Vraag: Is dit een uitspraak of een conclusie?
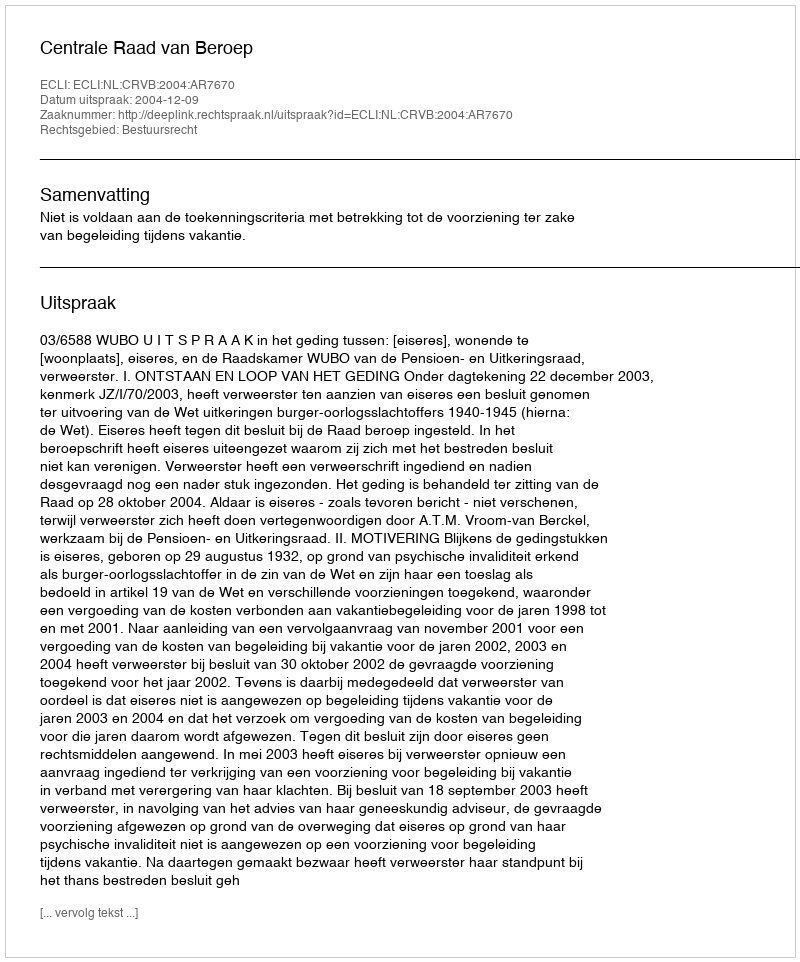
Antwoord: Uitspraak